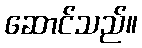
ဆောင်သည်။